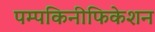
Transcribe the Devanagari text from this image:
पम्पकिनीफिकेशन